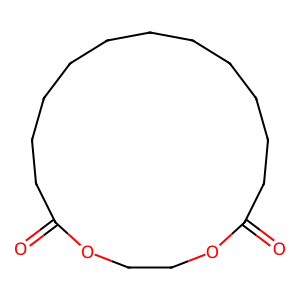
SMILES: O=C1CCCCCCCCCCCC(=O)OCCO1
Inhibits HIV replication: No